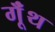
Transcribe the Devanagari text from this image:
गूॅंथ